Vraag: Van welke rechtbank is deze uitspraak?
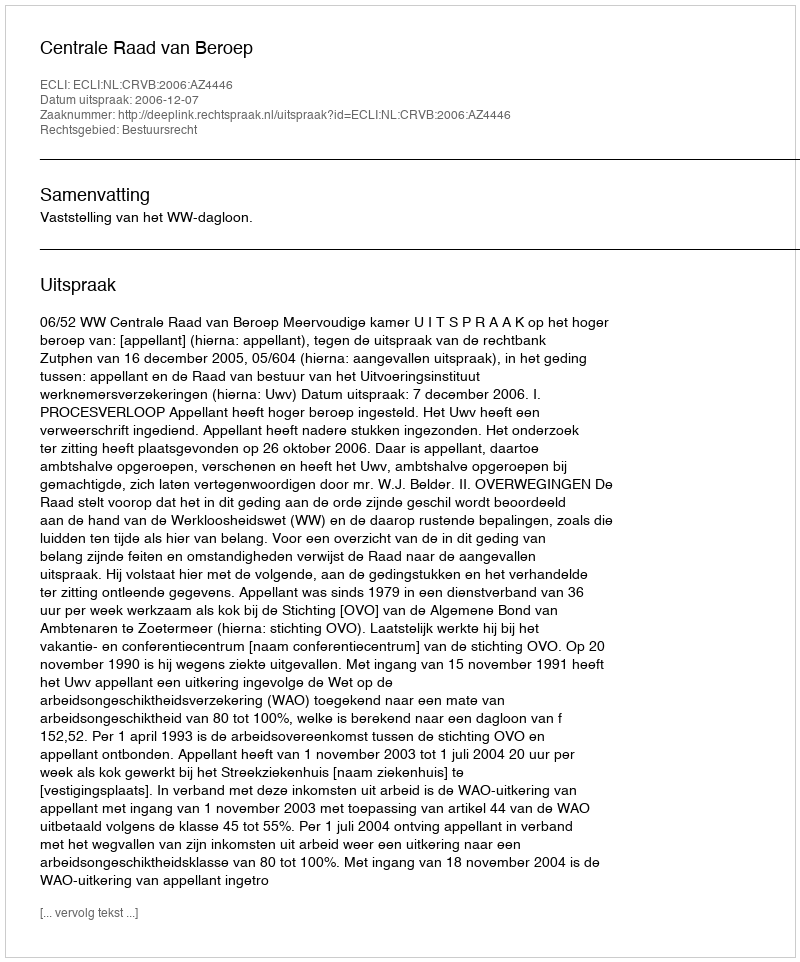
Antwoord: Centrale Raad van Beroep